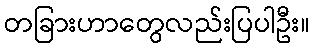
တခြားဟာတွေလည်းပြပါဦး။